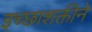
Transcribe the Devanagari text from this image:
इच्छाशक्तीने